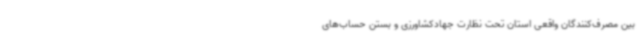
بین مصرف‌کنندگان واقعی استان تحت نظارت جهادکشاورزی و بستن حساب‌های